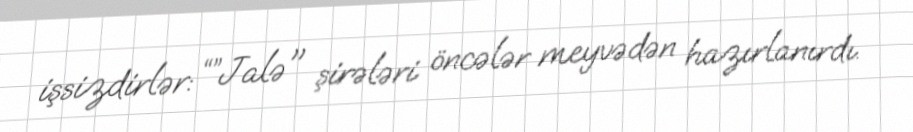
işsizdirlər: “”Jalə" şirələri öncələr meyvədən hazırlanırdı.